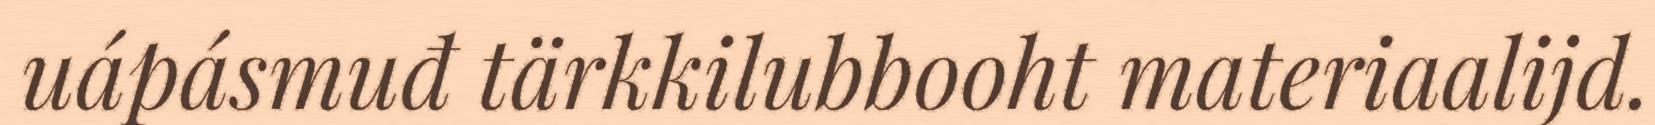
uápásmuđ tärkkilubbooht materiaalijd.